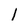
Character: 1